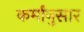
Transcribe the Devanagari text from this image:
कर्मांनुसार